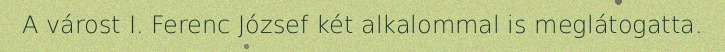
A várost I. Ferenc József két alkalommal is meglátogatta.